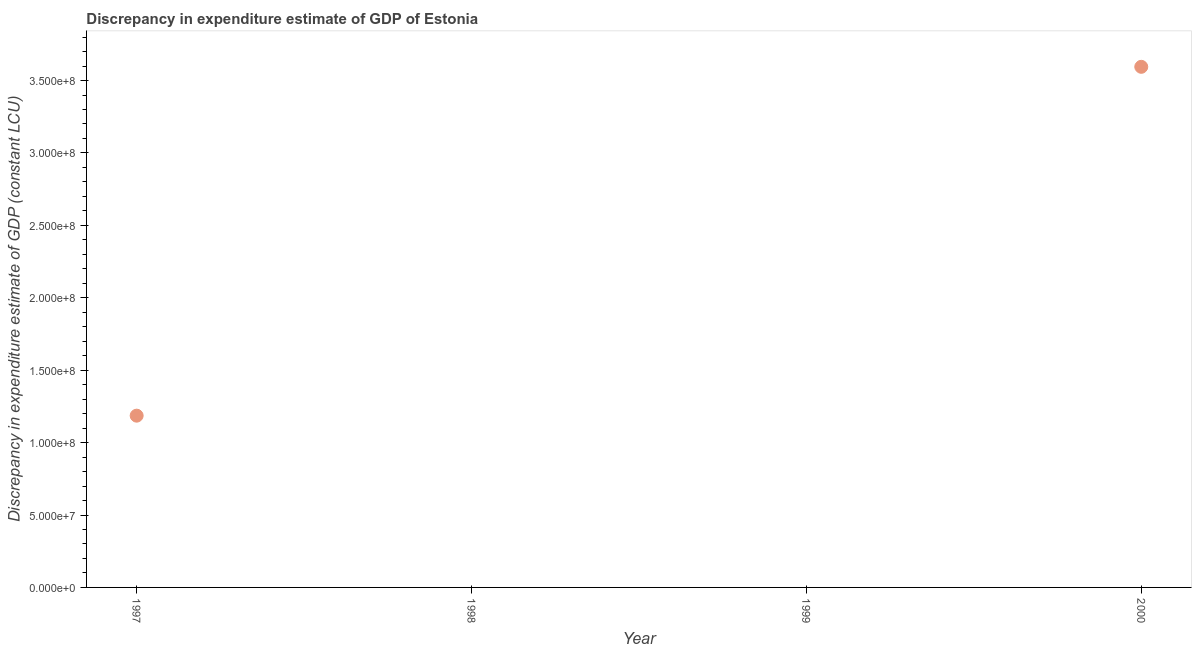
| Year | Discrepancy constant LCU |
 | --- | --- |
 | 1997 | 1.19e+08 |
 | 1998 | -5.74e+07 |
 | 1999 | -1.38e+08 |
 | 2000 | 3.59e+08 |